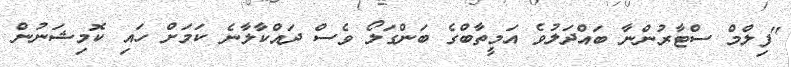
"ފިލްމް ސްޓާރުންނާ ބައްދަލުވެ އަމީތާބްގެ ބަންގަލޯ ވެސް ދައްކާލާނެ ކަމަށް ހައި ކޮމިޝަނުން